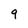
Character: 9